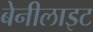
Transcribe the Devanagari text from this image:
बेनीलाइट